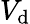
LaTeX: V_{\mathrm{d}}